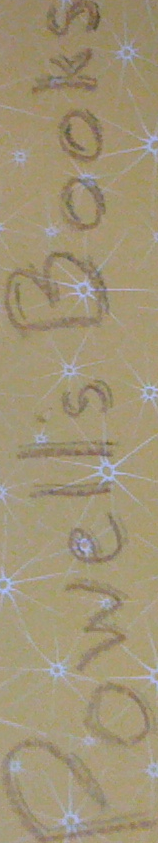
Powell's Books